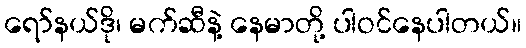
ရော်နယ်ဒို၊ မက်ဆီနဲ့ နေမာတို့ ပါဝင်နေပါတယ်။